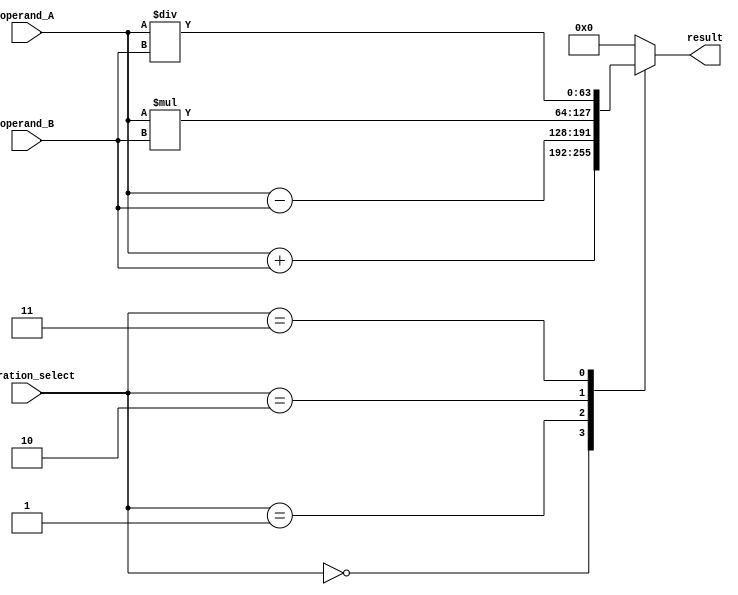
module ALU (
    input [63:0] operand_A,
    input [63:0] operand_B,
    input [3:0] operation_select,
    output reg [63:0] result
);

always @* begin
    case(operation_select)
        4'b0000: result = operand_A + operand_B; // Addition
        4'b0001: result = operand_A - operand_B; // Subtraction
        4'b0010: result = operand_A * operand_B; // Multiplication
        4'b0011: result = operand_A / operand_B; // Division
        // Add more operations as needed
        default: result = 64'b0; // Default case
    endcase
end

endmodule